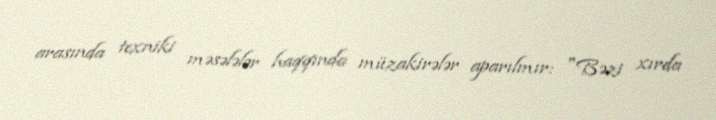
arasında texniki məsələlər haqqında müzakirələr aparılmır: "Bəzi xırda